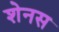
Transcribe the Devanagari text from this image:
शेनस